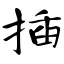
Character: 插